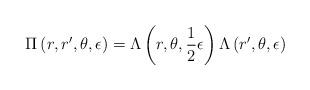
LaTeX: \begin{align*}\Pi \left(r,r',\theta ,\epsilon \right) =\Lambda \left(r, \theta,\frac{1}{2} \epsilon \right) \Lambda\left(r',\theta,\epsilon \right)\end{align*}